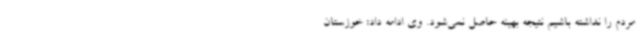
مردم را نداشته باشیم نتیجه بهینه حاصل نمی‌شود. وی ادامه داد: خوزستان